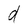
Character: d